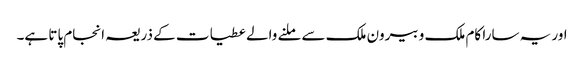
اور یہ سارا کام ملک و بیرون ملک سے ملنے والے عطیات کے ذریعہ انجام پاتا ہے۔